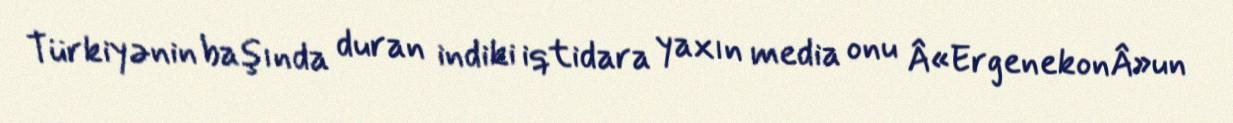
Türkiyənin başında duran indiki iqtidara yaxın media onu Â«ErgenekonÂ»un